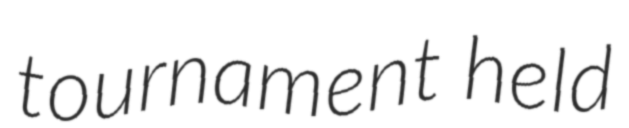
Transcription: tournament held